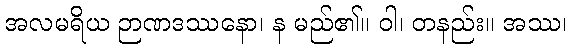
အလမရိယ ဉာဏဒဿနော၊ န မည်၏။ ဝါ၊ တနည်း။ အဿ၊